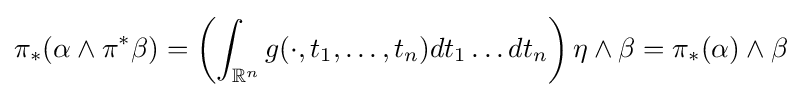
\pi _{*}(\alpha \wedge \pi ^{*}\beta )=\left(\int _{\mathbb {R} ^{n}}g(\cdot ,t_{1},\dots ,t_{n})dt_{1}\dots dt_{n}\right)\eta \wedge \beta =\pi _{*}(\alpha )\wedge \beta